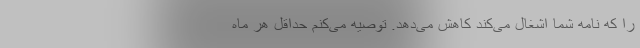
را که نامه شما اشغال می‌کند کاهش می‌دهد. توصیه می‌کنم حداقل هر ماه